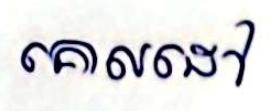
គោលដៅ